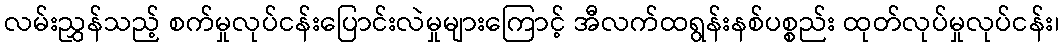
လမ်းညွှန်သည့် စက်မှုလုပ်ငန်းပြောင်းလဲမှုများကြောင့် အီလက်ထရွန်းနစ်ပစ္စည်း ထုတ်လုပ်မှုလုပ်ငန်း၊